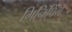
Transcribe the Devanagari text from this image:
गिनिपिग